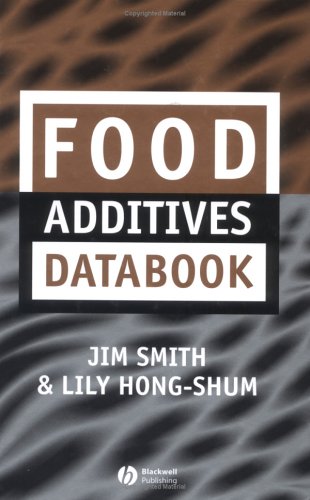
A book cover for Food Additives Databook; Health, Fitness & Dieting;